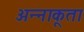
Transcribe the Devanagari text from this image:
अन्‍नाकूता